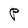
Character: P